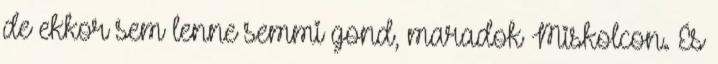
de ekkor sem lenne semmi gond, maradok Miskolcon. És